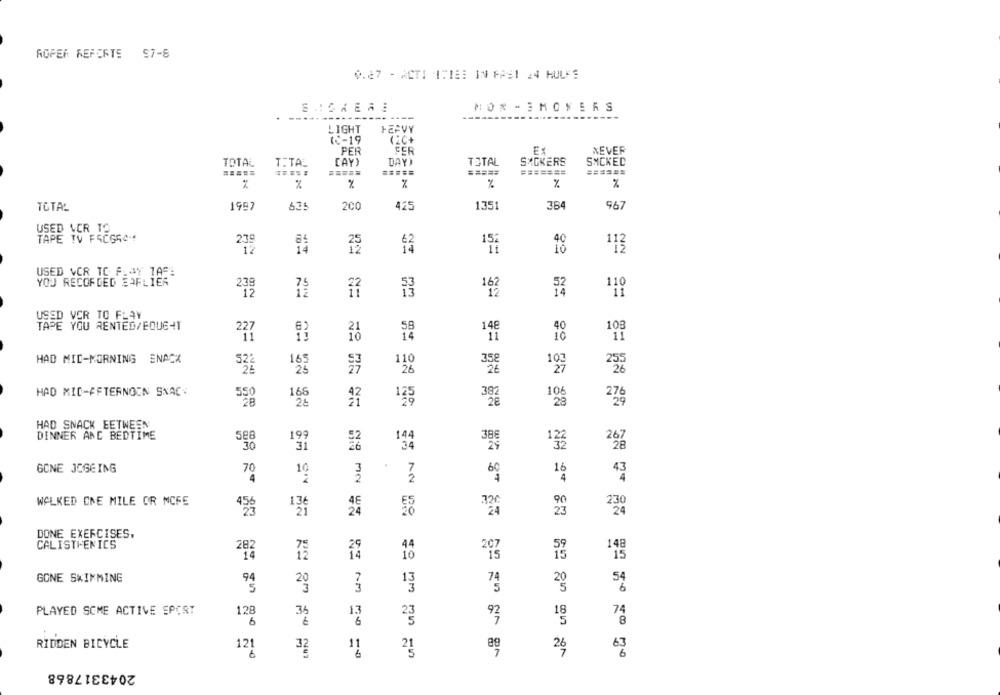
ROPER REFERTE 57-8
0.27 - ACTI 1718: IN FAS1 24 HULFE
MON - 3MOYERS
-----
LIGHT
HEAVY
10-19
(C+
PER
CER
E:
NEVER
TOTAL
T.TAL
[AY)
DAY)
TOTAL
SACKERS
SMCKED
====
=====
=======
%
%
%
%
%
TOTAL
1997
635
200
425
1351
967
USED VCR TO
TAPE TV F5CG64
219
152
12
14
113
USED VCR TC F.SY TAR:
YOU RECORDED SAFLIER
239
USED VER TO FLAY
TAPE YOU RENTED/EQUGHT
148
10g
11
HAD MIC-MORNING SNACK
165
35g
27
25
HAD MID-AFTERNOON SNAC
550
168
28
125
106
HAD SNACK EETWEEN
DINNER AND BEDTIME
199
386
267
30
31
144
29
GONE JEGEING
10
16
43
2º
3
WALKED CME MILE OR MCFE
13
230
DONE EXERCISES.
CALISTHENICS
282
44
148
15
10
GONE SWIMMING
20
54
6
PLAYED SOME ACTIVE SPORT
128
35
13
6
RIDDEN BICYCLE
121
32
26
=0
2043317868